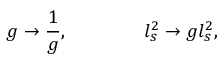
g \rightarrow { \frac { 1 } { g } } , \qquad \qquad l _ { s } ^ { 2 } \rightarrow g l _ { s } ^ { 2 } ,